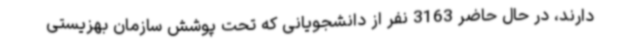
دارند، در حال حاضر 3163 نفر از دانشجویانی که تحت پوشش سازمان بهزیستی